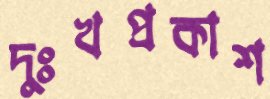
দুঃখপ্রকাশ